Sanitation, dispensaries and jails vaccination Rajputana 1922-1927 - 1922-1927
Year: 1922
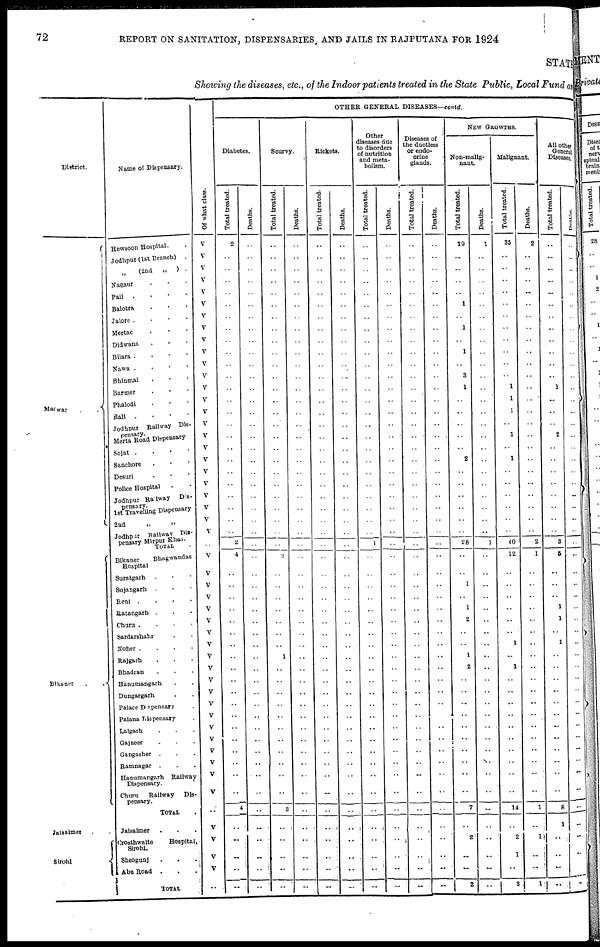
72
REPORT ON SANITATION, DISPENSARIES AND JAILS IN RAJPUTANA FOR 1924
STATE
Showing the diseases, etc., of the Indoor patients treated in the State Public, Local Fund and
District.
Marwar
. .
Bikaner
.
.
Jaisalmer
Sirohi
Name of Dispensary.
Hewsoon Hospital. .
Jodhpur (1st Branch) .
„
(2nd
„ ) .
Nagaur . . .
Pali .
.
.
.
Balotra . . .
Jalore . . . .
Mertac . . .
Didwana . . .
Bilara . . . .
Nawa . . . .
Bhinmal . . .
Barner . . .
Phalodi . . .
Bali . . . .
Jodhpur Railway Dis¬
pensary.
Merta Road Dispensary
Sojat . . . .
Sanchore . . .
Desuri . . .
Police Hospital . .
Jodhpur Railway Dis¬
pensary.
1st Trvelling Dispensary
2nd
„
„
Jodhpur Railway Dis¬
pensary Mirpur Khas.
TOTAL.
Bikaner
Bhagwandas
Hospital
Suratgarh . . .
Sujangarh . . .
Reni . . . .
Ratangarh . . .
Churu .
.
.
.
Sardarshahr . .
Noher . . . .
Rajgarh . . .
Bhadran . . .
Hanumangarh . .
Dungargarh . .
Palace Dispensary .
Palana Dispensary .
Lalgarh . . .
Gajneer . . .
Gangasher . . .
Ramnagar . . .
Hanumangarh Railway
Dispensary.
Churu Railway
Dis-
pensary.
TOTAL .
Jaisalmer . . .
Crosthwaite
Hospital,
Sirohi.
Sheogunj . . .
Abu Road . . .
TOTAL
Of what class.
V
V
V
V
V
V
V
V
V
V
V
V
V
V
V
V
V
V
V
V
V
V
V
V
V
..
V
V
V
V
V
V
V
V
V
V
V
V
V
V
..
V
V
V
V
V
..
V
V
V
V
..
OTHER GENERAL DISEASES—contd.
Diabetes.
Total treated.
2
..
..
..
..
..
..
..
..
..
..
..
..
..
..
..
..
..
..
..
..
..
..
..
..
2
4
..
..
..
..
..
..
..
..
..
..
..
..
..
..
..
..
..
..
..
4
..
..
..
..
..
Deaths.
..
..
..
..
..
..
..
..
..
..
..
..
..
..
..
..
..
..
..
..
..
..
..
..
..
..
..
..
..
..
..
..
..
..
..
..
..
..
..
..
..
..
..
..
..
..
..
..
..
..
..
..
Scurvy.
Total treated.
..
..
..
..
..
..
..
..
..
..
..
..
..
..
..
..
..
..
..
..
..
..
..
..
..
..
2
..
..
..
..
..
..
..
1
..
..
..
..
..
..
..
..
..
..
..
3
..
..
..
..
..
Deaths.
..
..
..
..
..
..
..
..
..
..
..
..
..
..
..
..
..
..
..
..
..
..
..
..
..
..
..
..
..
..
..
..
..
..
..
..
..
..
..
..
..
..
..
..
..
..
..
..
..
..
..
..
Rickets.
Total treated.
..
..
..
..
..
..
..
..
..
..
..
..
..
..
..
..
..
..
..
..
..
..
..
..
..
..
..
..
..
..
..
..
..
..
..
..
..
..
..
..
..
..
..
..
..
..
..
..
..
..
..
..
Deaths.
..
..
..
..
..
..
..
..
..
..
..
..
..
..
..
..
..
..
..
..
..
..
..
..
..
..
..
..
..
..
..
..
..
..
..
..
..
..
..
..
..
..
..
..
..
..
..
..
..
..
..
..
Other
diseases due
to disorders
of nutrition
and meta-
bolism.
Total treated.
..
..
..
..
..
..
..
..
..
..
..
..
..
..
..
..
..
..
..
..
..
..
..
..
..
1
..
..
..
..
..
..
..
..
..
..
..
..
..
..
..
..
..
..
..
..
..
..
..
..
..
..
Deaths.
..
..
..
..
..
..
..
..
..
..
..
..
..
..
..
..
..
..
..
..
..
..
..
..
..
..
..
..
..
..
..
..
..
..
..
..
..
..
..
..
..
..
..
..
..
..
..
..
..
..
..
..
Diseases of
the ductless
or endo-
crine
glands.
Total treated.
..
..
..
..
..
..
..
..
..
..
..
..
..
..
..
..
..
..
..
....
..
..
..
..
..
..
..
..
..
..
..
..
..
..
..
..
..
..
..
..
..
..
..
..
..
..
..
..
..
..
..
..
Deaths.
..
..
..
..
..
..
..
..
..
..
..
..
..
..
..
..
..
..
..
..
..
..
..
..
..
..
..
..
..
..
..
..
..
..
..
..
..
..
..
..
..
..
..
..
..
..
..
..
..
..
..
..
NEW GROWTHS.
Non-malig-
nant.
Total treated.
19
..
..
..
..
1
..
1
..
1
..
3
1
..
..
..
..
..
2
..
..
..
..
..
..
28
..
..
1
..
1
2
..
..
1
2
..
..
..
..
..
..
..
..
..
..
7
..
2
..
..
2
Deaths.
1
..
..
..
..
..
..
..
..
..
..
..
..
..
..
..
..
..
..
..
..
..
..
..
..
1
..
..
..
..
..
..
..
..
..
..
..
..
..
..
..
..
..
..
..
..
..
..
..
..
..
..
Malignant.
Total treated.
35
..
..
..
..
..
..
..
..
..
..
..
1
1
1
..
1
..
1
..
..
..
..
..
..
40
12
..
..
..
..
..
..
1
..
1
..
..
..
..
..
..
..
..
..
..
14
..
2
1
..
3
Deaths.
2
..
..
..
..
..
..
..
..
..
..
..
..
..
..
..
..
..
..
..
..
..
..
..
..
2
1
..
..
..
..
..
..
..
..
..
..
..
..
..
..
..
..
..
..
..
1
..
1
..
..
1
All other
General
Diseases.
Total treated.
..
..
..
..
..
..
..
..
..
..
..
..
1
..
..
..
2
..
..
..
..
..
..
..
..
3
5
..
..
..
1
1
..
1
..
..
..
..
..
..
..
..
..
..
..
..
8
1
..
..
..
..
Deaths.
..
..
..
..
..
..
..
..
..
..
..
..
..
..
..
..
..
..
..
..
..
..
..
..
..
..
..
..
..
..
..
..
..
..
..
..
..
..
..
..
..
..
..
..
..
..
..
..
..
..
..
..